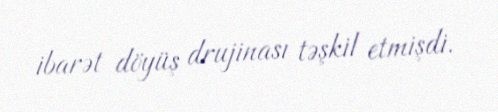
ibarət döyüş drujinası təşkil etmişdi.